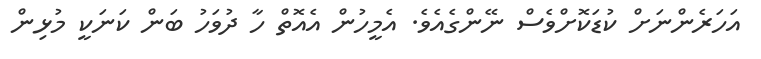
އަހަރެންނަށް ކުޑަކޮށްވެސް ނޭންގެއެވެ. އެމީހުން އެއޮތް ހާ ދުވަހު ބަން ކަނަކީ މުޅިން